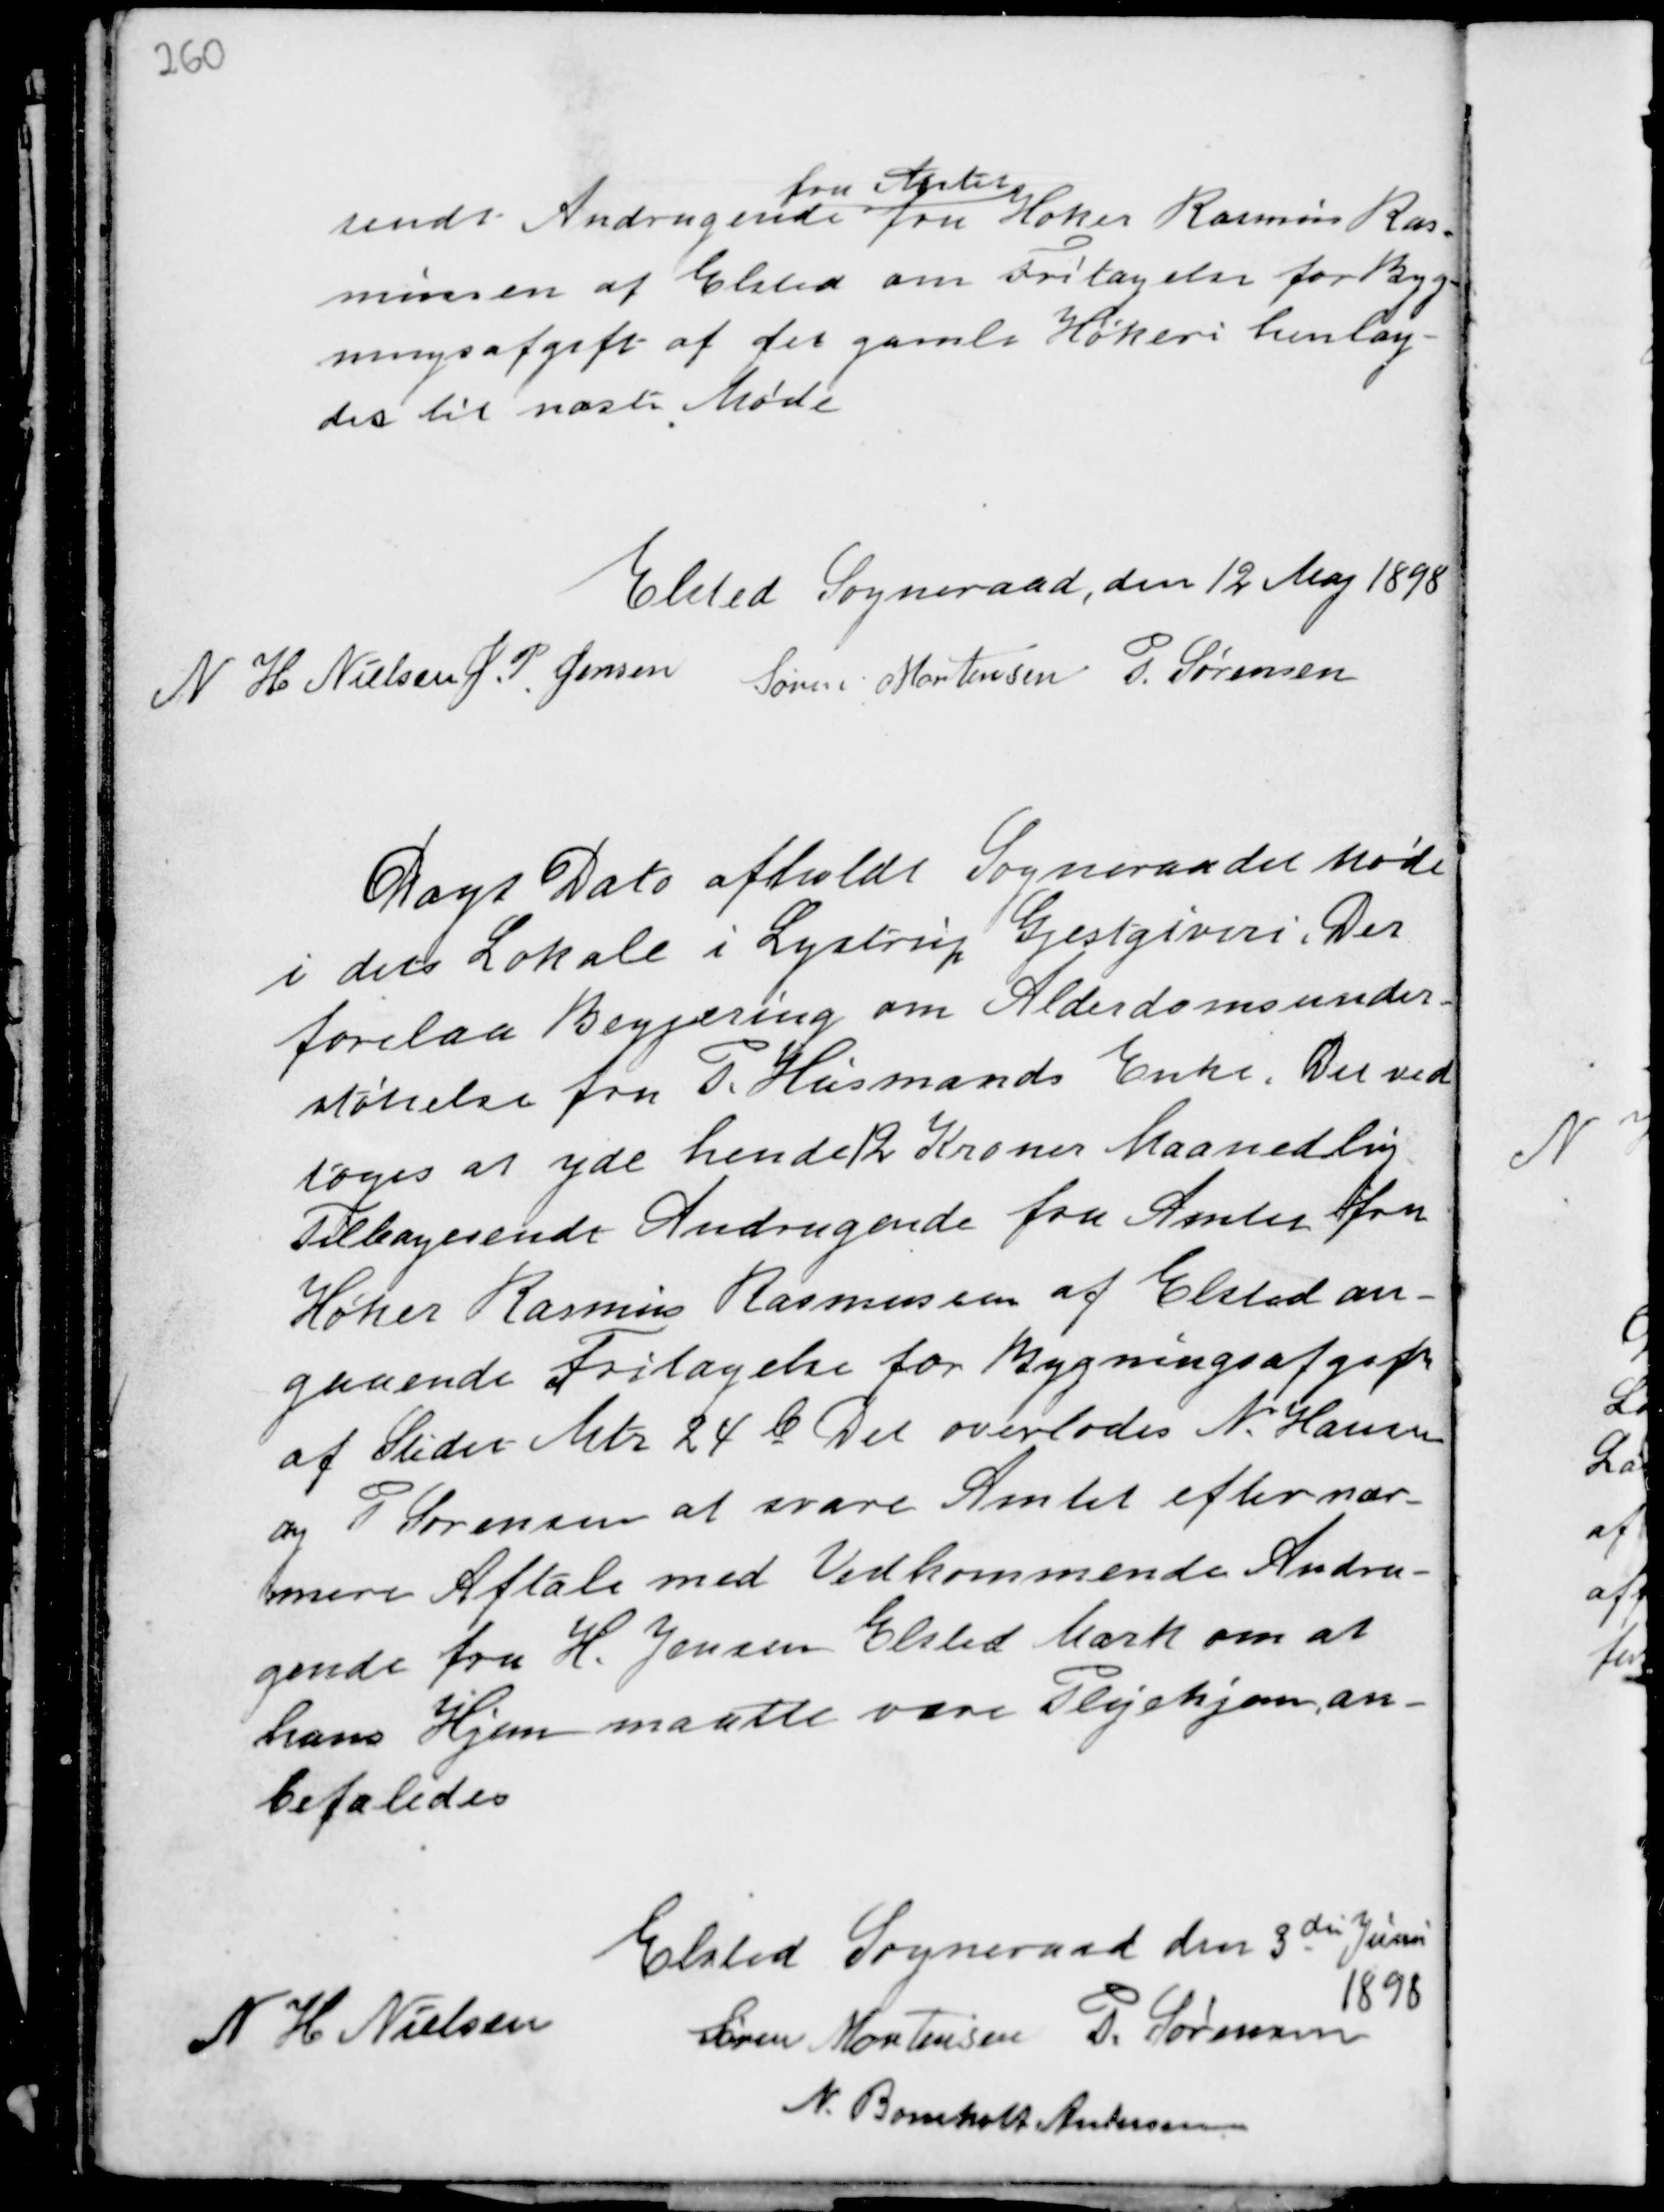
Transskription:
sendt Andragende
fra Amtet
fru Høker Rasmine Ras-
mussen af Elsted om Fritagelse for Byg-
ningsafgift af det gamle Høkeri henlag-
des til næste Møde

Elsted Sogneraad, den 12 Maj 1898
N H Nielsen J. P. Jensen
Søren Mortensen P. Sørensen

Dags Dato afholdt Sogneraadet Møde
i dets Lokale i Lystrup Gjestgiveri. Der
forelaa Begjæring om Alderdomsunder-
støttelse fra P. Husmands Enke. Det ved-
toges at yde hende 12 Kroner Maanedlig.
Tilbagesendt Andragende fra Amtet fru
Høker Rasmine Rasmussen af Elsted an-
gaaende Fritagelse for Bygningsafgift
af Stedet Mtr 24 b. Det overlodes N. Hansen
og P. Sørensen at svare Amtet efter nær-
mere Aftale med Vedkommende Andra-
gende fra H. Jensen Elsted Mark om at
hans Hjem maatte være Plejehjem an-
befaledes.

Elsted Sogneraad den 3die Juni
1898
N H Nielsen
Søren Mortensen P. Sørensen
N. Bomholt Andersen